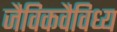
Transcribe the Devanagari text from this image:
जैविकवैविध्य